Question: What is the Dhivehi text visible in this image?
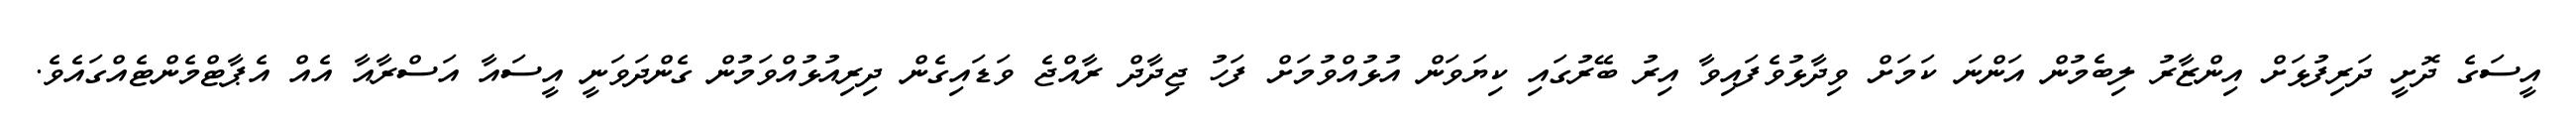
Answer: އީސަގެ ދޮށީ ދަރިފުޅަށް އިންޒާރު ލިބެމުން އަންނަ ކަމަށް ވިދާޅުވެފައިވާ އިރު ބޭރުގައި ކިޔަވަން އުޅުއްވުމަށް ފަހު ޖިދާދް ރާއްޖެ ވަޑައިގެން ދިރިއުޅުއްވަމުން ގެންދަވަނީ އީސައާ އަސްރާއާ އެއް އެޕާޓްމެންޓެއްގައެވެ.